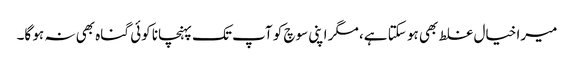
میرا خیال غلط بھی ہو سکتا ہے، مگر اپنی سوچ کو آپ تک پہنچانا کوئی گناہ بھی نہ ہو گا۔